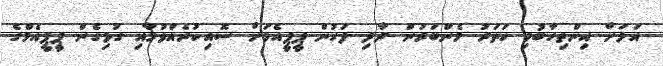
އަލަށް އިންތިހާބުވި ހަތަރު މެންބަރުން ދާދި ފަހުން ޕީޕީއެމަށް ސޮއިކުރެއްވުމާއި ގުޅިގެން ޕީޕީއެމްގެ